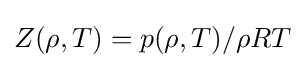
Z(\rho ,T)=p(\rho ,T)/\rho RT